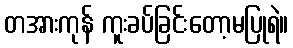
တအားကုန် ကူးခပ်ခြင်းတော့မပြုရဲ။